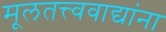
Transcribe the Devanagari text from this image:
मूलतत्त्ववाद्यांना